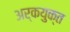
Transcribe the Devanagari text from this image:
अर्कयुक्त